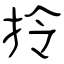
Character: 拎